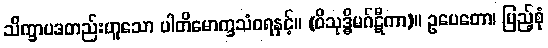
သိက္ခာပဒတည်းဟူသော ပါတိမောက္ခသံဝရနှင့်။ (ဝိသုဒ္ဓိမဂ်ဋီကာ)။ ဥပေတော၊ ပြည့်စုံ